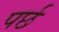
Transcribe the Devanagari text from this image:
पर्छ